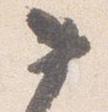
如